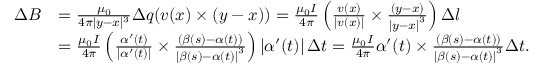
\begin{array} { r l } { \Delta B } & { = \frac { \mu _ { 0 } } { 4 \pi | y - x | ^ { 3 } } \Delta q ( v ( x ) \times ( y - x ) ) = \frac { \mu _ { 0 } I } { 4 \pi } \left( \frac { v ( x ) } { \left\vert v ( x ) \right\vert } \times \frac { ( y - x ) } { \left\vert y - x \right\vert ^ { 3 } } \right) \Delta l } \\ & { = \frac { \mu _ { 0 } I } { 4 \pi } \left( \frac { \alpha ^ { \prime } ( t ) } { \left\vert \alpha ^ { \prime } ( t ) \right\vert } \times \frac { ( \beta ( s ) - \alpha ( t ) ) } { \left\vert \beta ( s ) - \alpha ( t ) \right\vert ^ { 3 } } \right) \left\vert \alpha ^ { \prime } ( t ) \right\vert \Delta t = \frac { \mu _ { 0 } I } { 4 \pi } \alpha ^ { \prime } ( t ) \times \frac { ( \beta ( s ) - \alpha ( t ) ) } { \left\vert \beta ( s ) - \alpha ( t ) \right\vert ^ { 3 } } \Delta t . } \end{array}